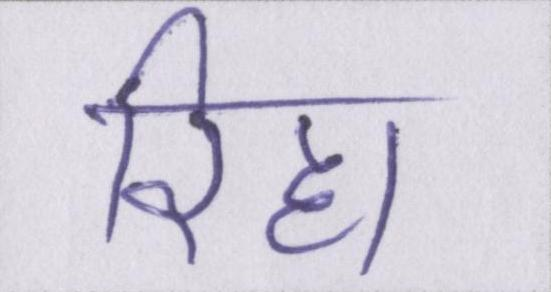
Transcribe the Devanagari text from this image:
रिहा